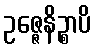
ဥဇ္ဇေနိဉ္စာပိ